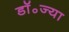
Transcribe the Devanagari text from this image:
डॉ॰ज्या